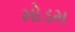
મોડમ